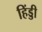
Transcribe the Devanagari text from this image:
हिंड्डी